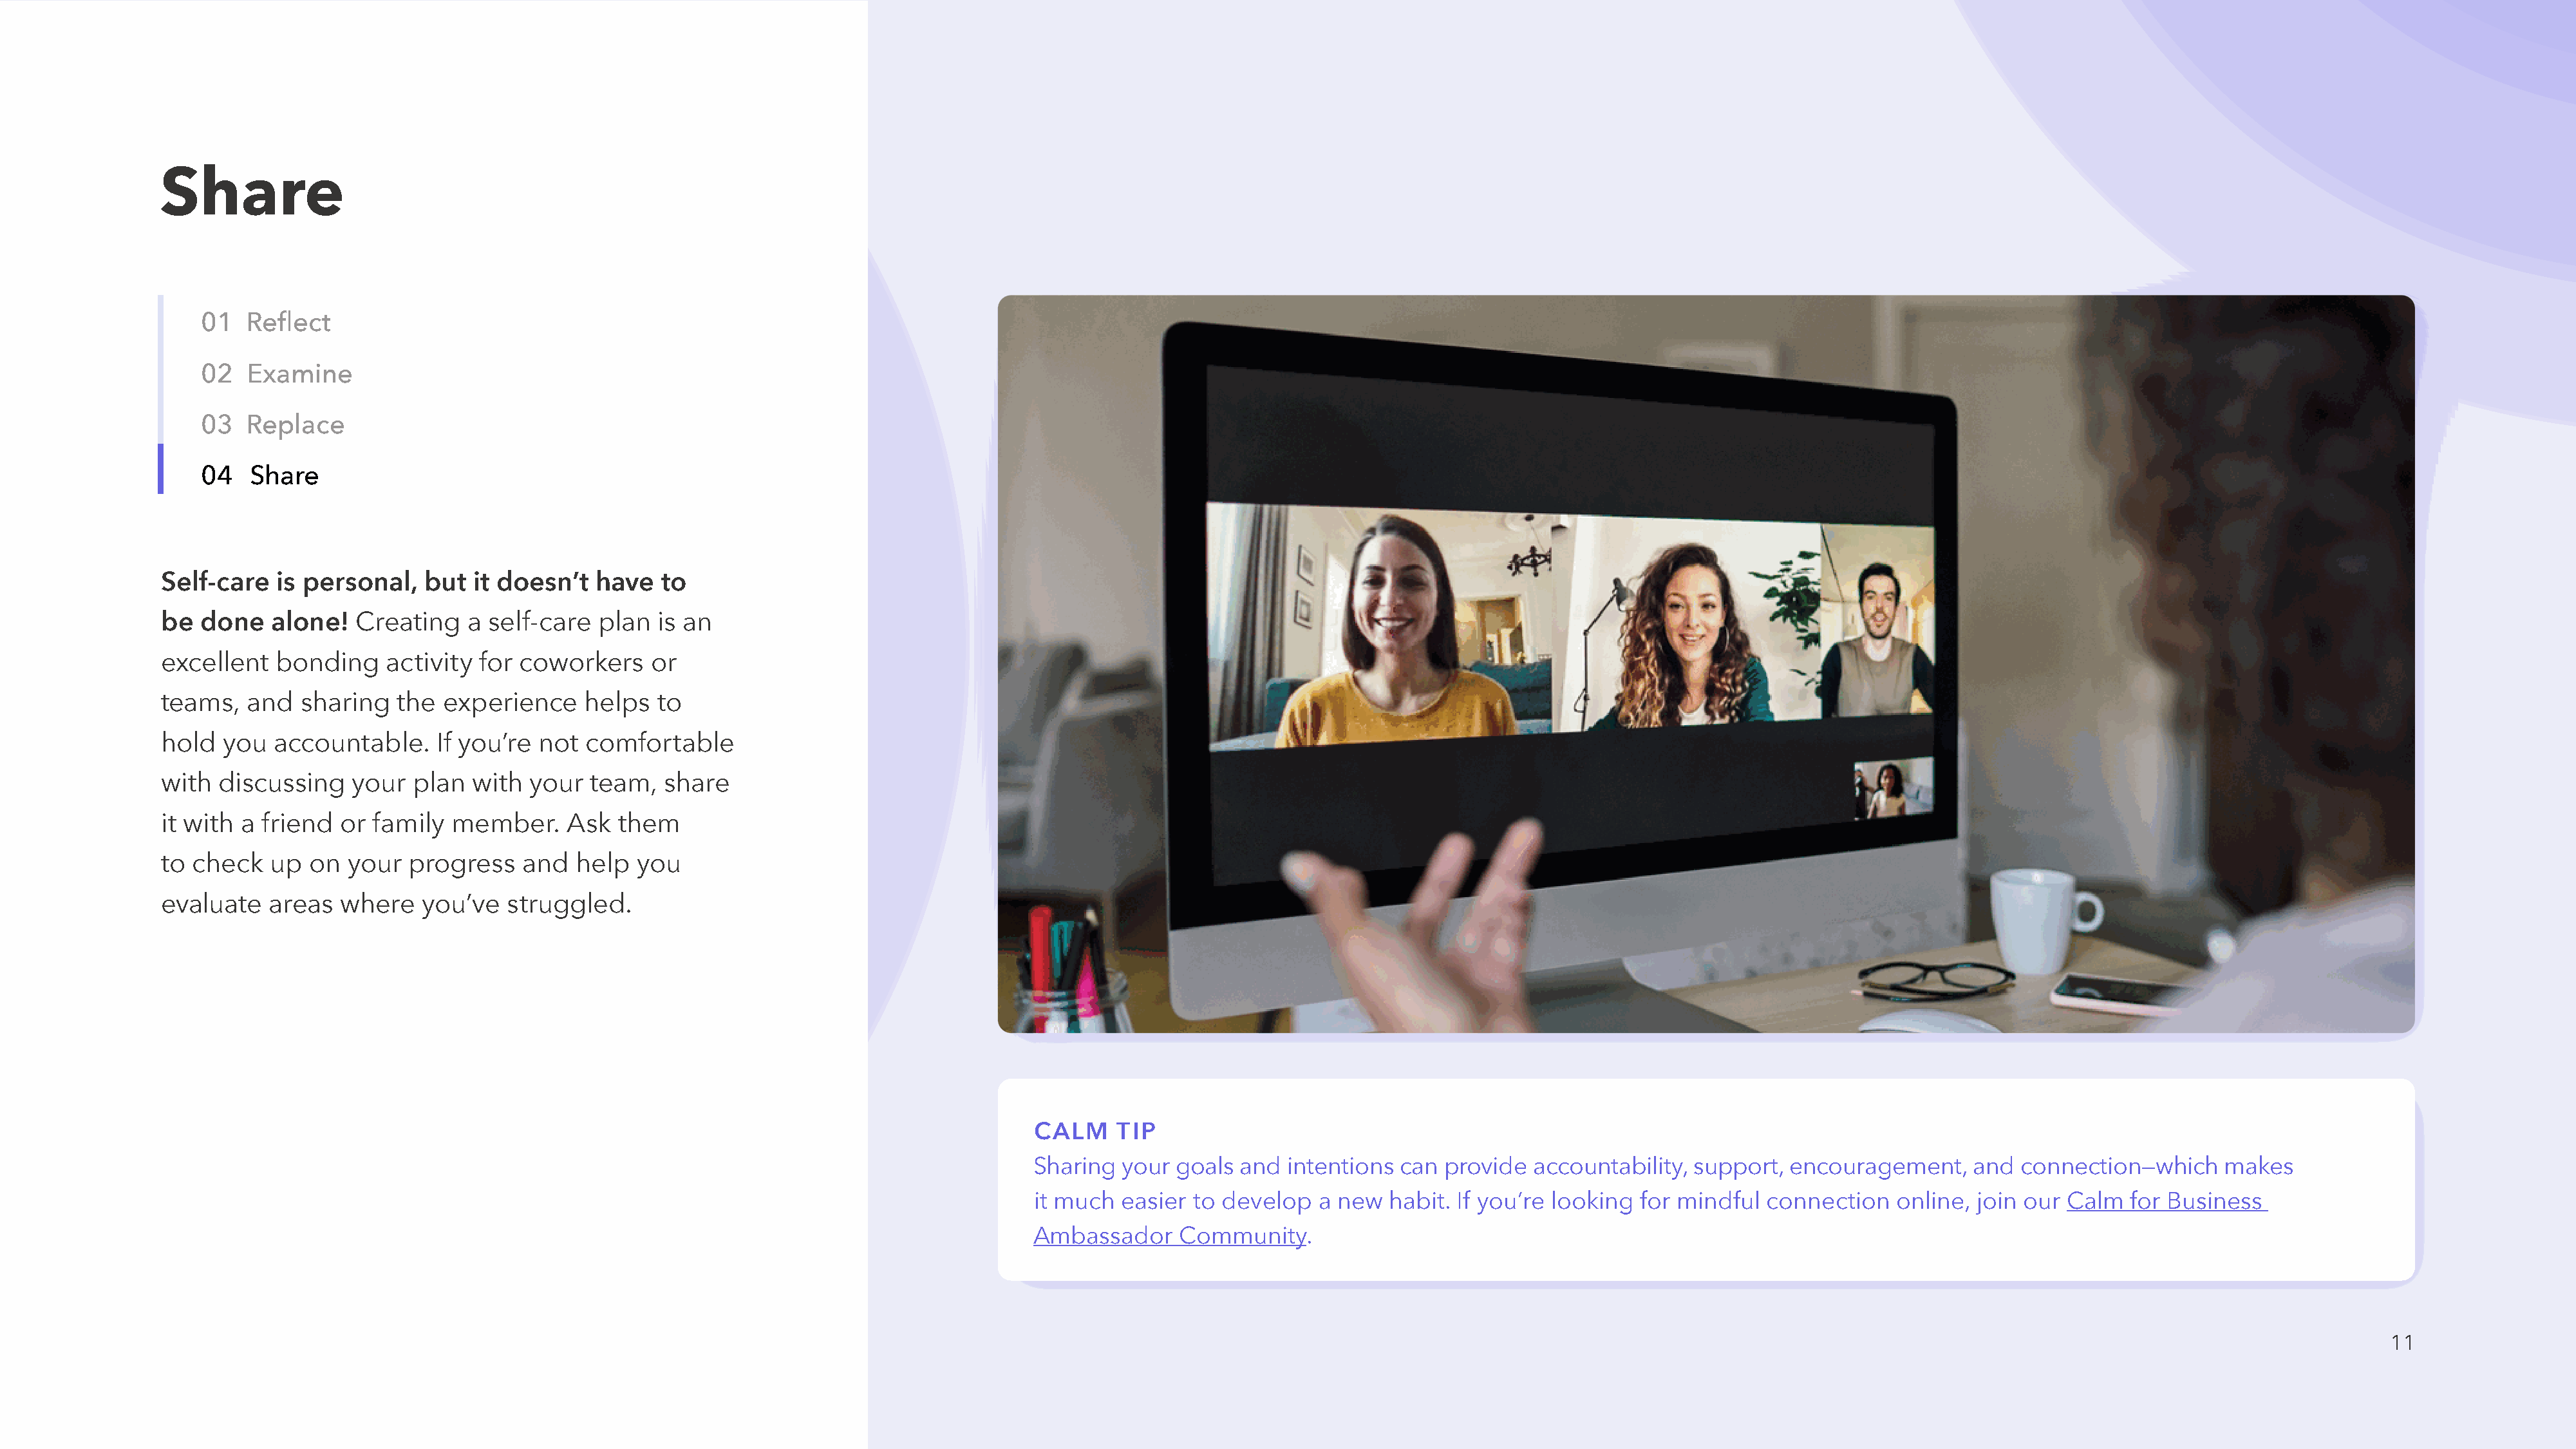
Share
 01  Reflect
 02  Examine
 03  Replace
 04   Share
 Self-care  is personal,    but  it doesn’t  have   to
 be  done   alone!   Creating   a self-care  plan   is an
 excellent  bonding     activity for coworkers     or
 teams,  and   sharing   the  experience    helps   to
 hold  you  accountable.     If you’re not  comfortable
 with discussing    your  plan   with your   team,  share
 it with a friend  or family  member.     Ask   them
 to check   up  on  your  progress    and  help  you
 evaluate   areas  where   you’ve   struggled.
 CALM     TIP
 Sharing  your  goals  and intentions  can provide   accountability, support,  encouragement,     and  connection—which     makes
 it much  easier  to develop   a new  habit. If you’re looking  for mindful  connection   online, join our Calm   for Business
 Ambassador     Community.
 11